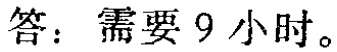
答：需要9小时。